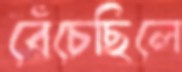
বেঁচেছিলে